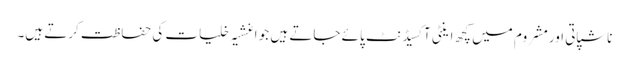
ناشپاتی اورمشروم میں کچھ اینٹی آکسیڈنٹ پائے جاتے ہیں جو اغشیہ خلیات کی حفاظت کرتے ہیں۔